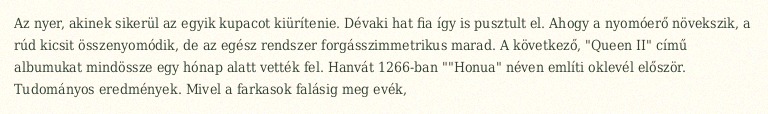
Az nyer, akinek sikerül az egyik kupacot kiürítenie. Dévaki hat fia így is pusztult el. Ahogy a nyomóerő növekszik, a rúd kicsit összenyomódik, de az egész rendszer forgásszimmetrikus marad. A következő, "Queen II" című albumukat mindössze egy hónap alatt vették fel. Hanvát 1266-ban ""Honua" néven említi oklevél először. Tudományos eredmények. Mivel a farkasok falásig meg evék,